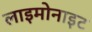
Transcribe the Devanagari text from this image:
लाइमोनाइट